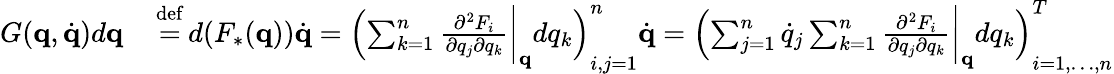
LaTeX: \begin{array}{rl}{G(\mathbf{q},{\dot{\mathbf{q}}})d\mathbf{q}}&{{}\, {\stackrel{\mathrm{def}}{=}}\, d(F_{*}(\mathbf{q})){\dot{\mathbf{q}}}=\left(\sum_{k=1}^{n}{\frac{\partial^{2}F_{i}}{\partial q_{j}\partial q_{k}}}{\biggl|}_{\mathbf{q}}dq_{k}\right)_{i,j=1}^{n}{\dot{\mathbf{q}}}=\left(\sum_{j=1}^{n}{\dot{q}}_{j}\sum_{k=1}^{n}{\frac{\partial^{2}F_{i}}{\partial q_{j}\partial q_{k}}}{\biggl|}_{\mathbf{q}}dq_{k}\right)_{i=1,\ldots,n}^{T}}\end{array}